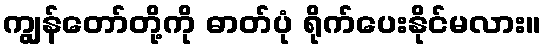
ကျွန်တော်တို့ကို ဓာတ်ပုံ ရိုက်ပေးနိုင်မလား။